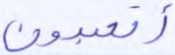
أتعبدون